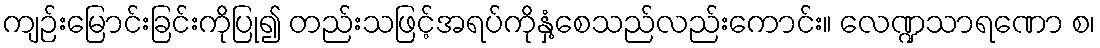
ကျဉ်းမြောင်းခြင်းကိုပြု၍ တည်းသဖြင့်အရပ်ကိုနှံ့စေသည်လည်းကောင်း။ လေဏ္ဍသာရဏော စ၊